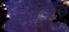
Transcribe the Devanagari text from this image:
स्वादुपिंडाच्या